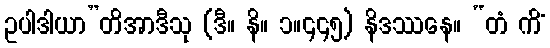
ဥပါဒါယာ”တိအာဒီသု (ဒီ။ နိ။ ၁။၄၄၅) နိဒဿနေ။ “တံ ကိံ